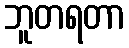
ဘူတရတာ